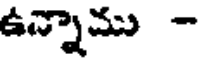
ఉన్నాము -